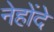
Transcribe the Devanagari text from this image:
नेहोंदे